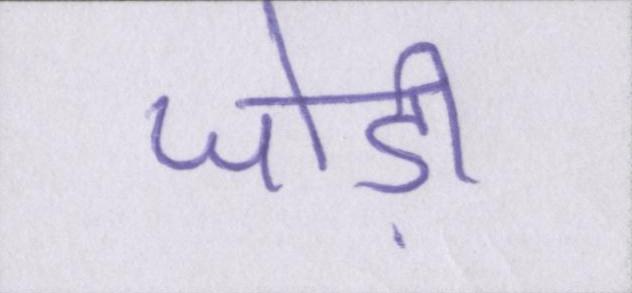
जोड़ी